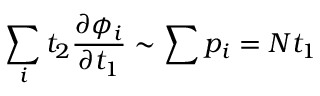
\sum _ { i } t _ { 2 } { \frac { \partial { \phi _ { i } } } { \partial t _ { 1 } } } \sim \sum { p _ { i } } = N t _ { 1 }